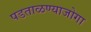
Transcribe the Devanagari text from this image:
पडताळण्याजोगा